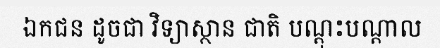
ឯកជន ដូចជា វិទ្យាស្ថាន ជាតិ បណ្តុះបណ្តាល